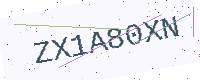
Text: ZX1A80XN